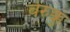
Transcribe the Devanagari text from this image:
वेरुक्कु